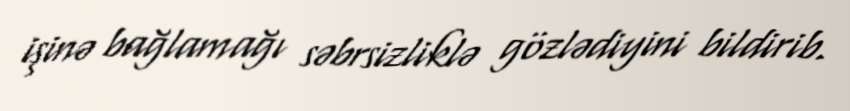
işinə bağlamağı səbrsizliklə gözlədiyini bildirib.